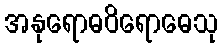
အနုရောဓဝိရောဓေသု